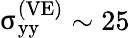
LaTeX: {\upsigma}_{\mathrm{yy}}^{\left(\mathrm{VE}\right)}\sim 25